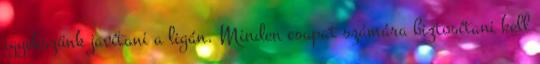
igyekszünk javítani a ligán. Minden csapat számára biztosítani kell